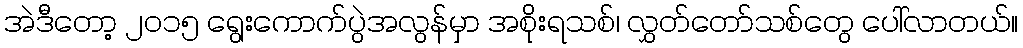
အဲဒီတော့ ၂၀၁၅ ရွေးကောက်ပွဲအလွန်မှာ အစိုးရသစ်၊ လွှတ်တော်သစ်တွေ ပေါ်လာတယ်။